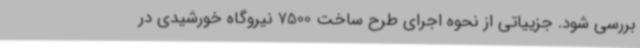
بررسی شود. جزییاتی از نحوه اجرای طرح ساخت 7500 نیروگاه خورشیدی در